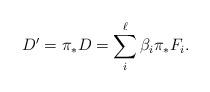
LaTeX: \begin{align*}D' = \pi_* D = \sum_i^\ell \beta_i \pi_*F_i.\end{align*}